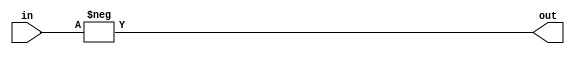
module twoscompl(in,out);
	input [7:0] in;
	output [7:0] out;
	reg out;
	always begin
		#5 out = -in;	
	end
endmodule